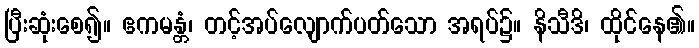
ပြီးဆုံးစေ၍။ ဧကမန္တံ၊ တင့်အပ်လျောက်ပတ်သော အရပ်၌။ နိသီဒိ၊ ထိုင်နေ၏။